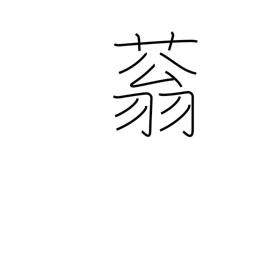
Meaning: vigorous growth